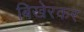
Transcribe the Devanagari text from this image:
बिखेरकर